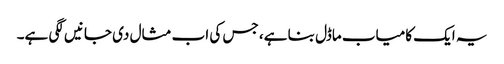
یہ ایک کامیاب ماڈل بنا ہے، جس کی اب مثال دی جانیں لگی ہے۔